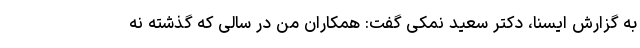
به گزارش ایسنا، دکتر سعید نمکی گفت: همکاران من در سالی که گذشته نه